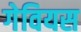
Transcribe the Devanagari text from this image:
गेवियस